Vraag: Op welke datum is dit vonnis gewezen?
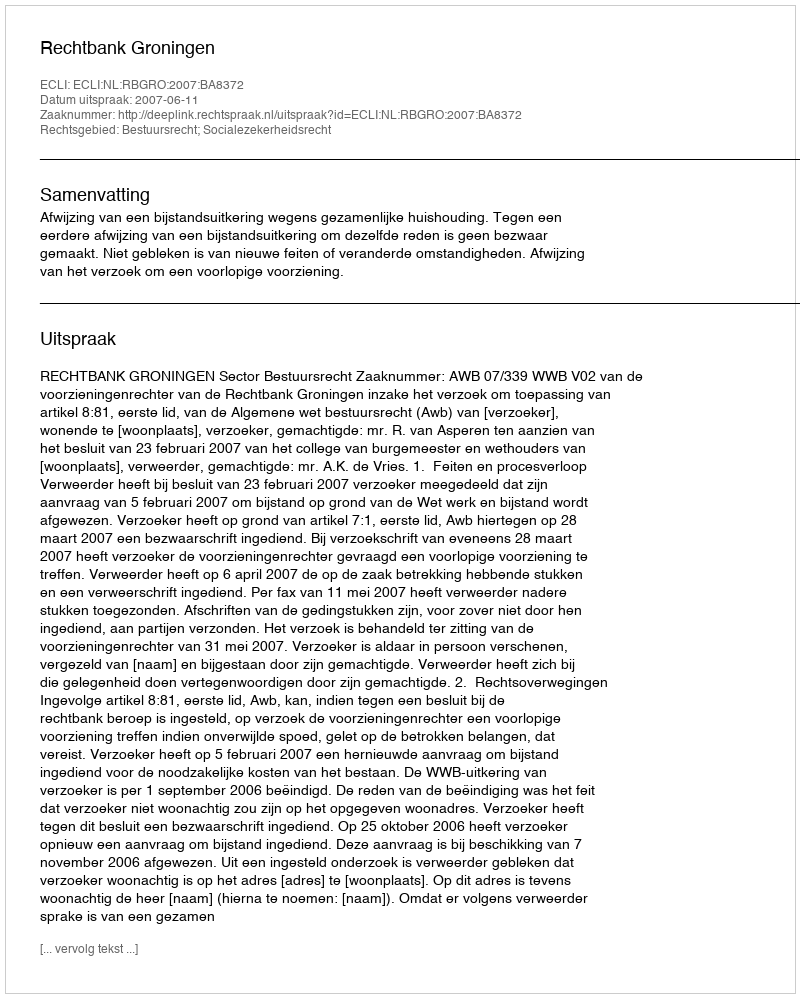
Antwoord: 2007-06-11